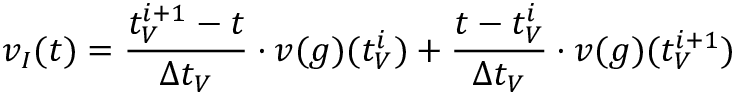
v _ { I } ( t ) = \frac { t _ { V } ^ { i + 1 } - t } { \Delta t _ { V } } \cdot v ( g ) ( t _ { V } ^ { i } ) + \frac { t - t _ { V } ^ { i } } { \Delta t _ { V } } \cdot v ( g ) ( t _ { V } ^ { i + 1 } )